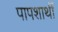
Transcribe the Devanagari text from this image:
पापशार्थी